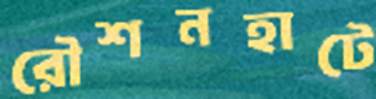
রৌশনহাটে